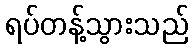
ရပ်တန့်သွားသည်